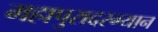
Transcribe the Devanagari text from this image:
महापुरादरम्यान